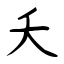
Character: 夭